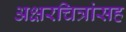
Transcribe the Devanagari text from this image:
अक्षरचित्रांसह